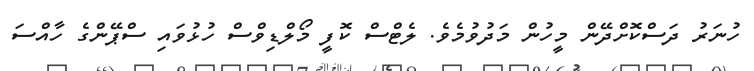
ހުނަރު ދަސްކޮށްދޭން މީހުން މަދުވުމެވެ. ލެޓްސް ކޮފީ މޯލްޑިވްސް ހުޅުވައި ސްޕޭންގެ ހާއްސަ